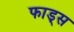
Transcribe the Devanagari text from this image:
फाड्स